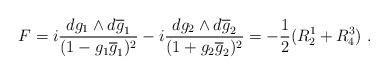
LaTeX: \begin{align*}F= i \frac {dg_{1} \wedge d\overline{g}_{1}}{(1- g_{1}\overline{g}_{1})^{2}}- i \frac {dg_{2} \wedge d\overline{g}_{2}}{(1+ g_{2}\overline{g}_{2})^{2}}= - \frac{1}{2}(R^{1}_{2} +R^{3}_{4})~.\end{align*}